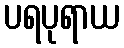
ပရပုရာယ